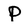
Character: P